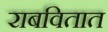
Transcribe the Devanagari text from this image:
राबवितात